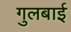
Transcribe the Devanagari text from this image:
गुलबाई